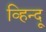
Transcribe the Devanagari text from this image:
व्हिन्दू